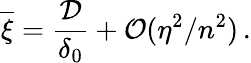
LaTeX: \overline{{\xi}}=\frac{\mathcal{D}}{\delta_{0}}+\mathcal{O}(\eta^{2}/n^{2})\, .